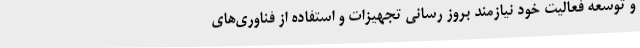
و توسعه فعالیت خود نیازمند بروز رسانی تجهیزات و استفاده از فناوری‌های